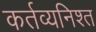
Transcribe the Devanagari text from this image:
कर्तव्यनिश्त